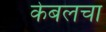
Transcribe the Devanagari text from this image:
केबलचा